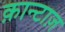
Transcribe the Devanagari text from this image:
क़ान्टाज़